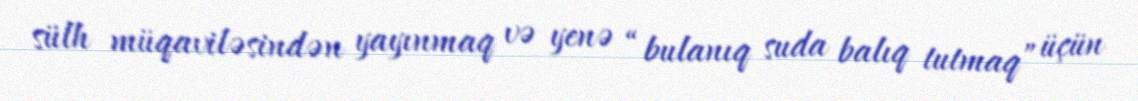
sülh müqaviləsindən yayınmaq və yenə “bulanıq suda balıq tutmaq” üçün